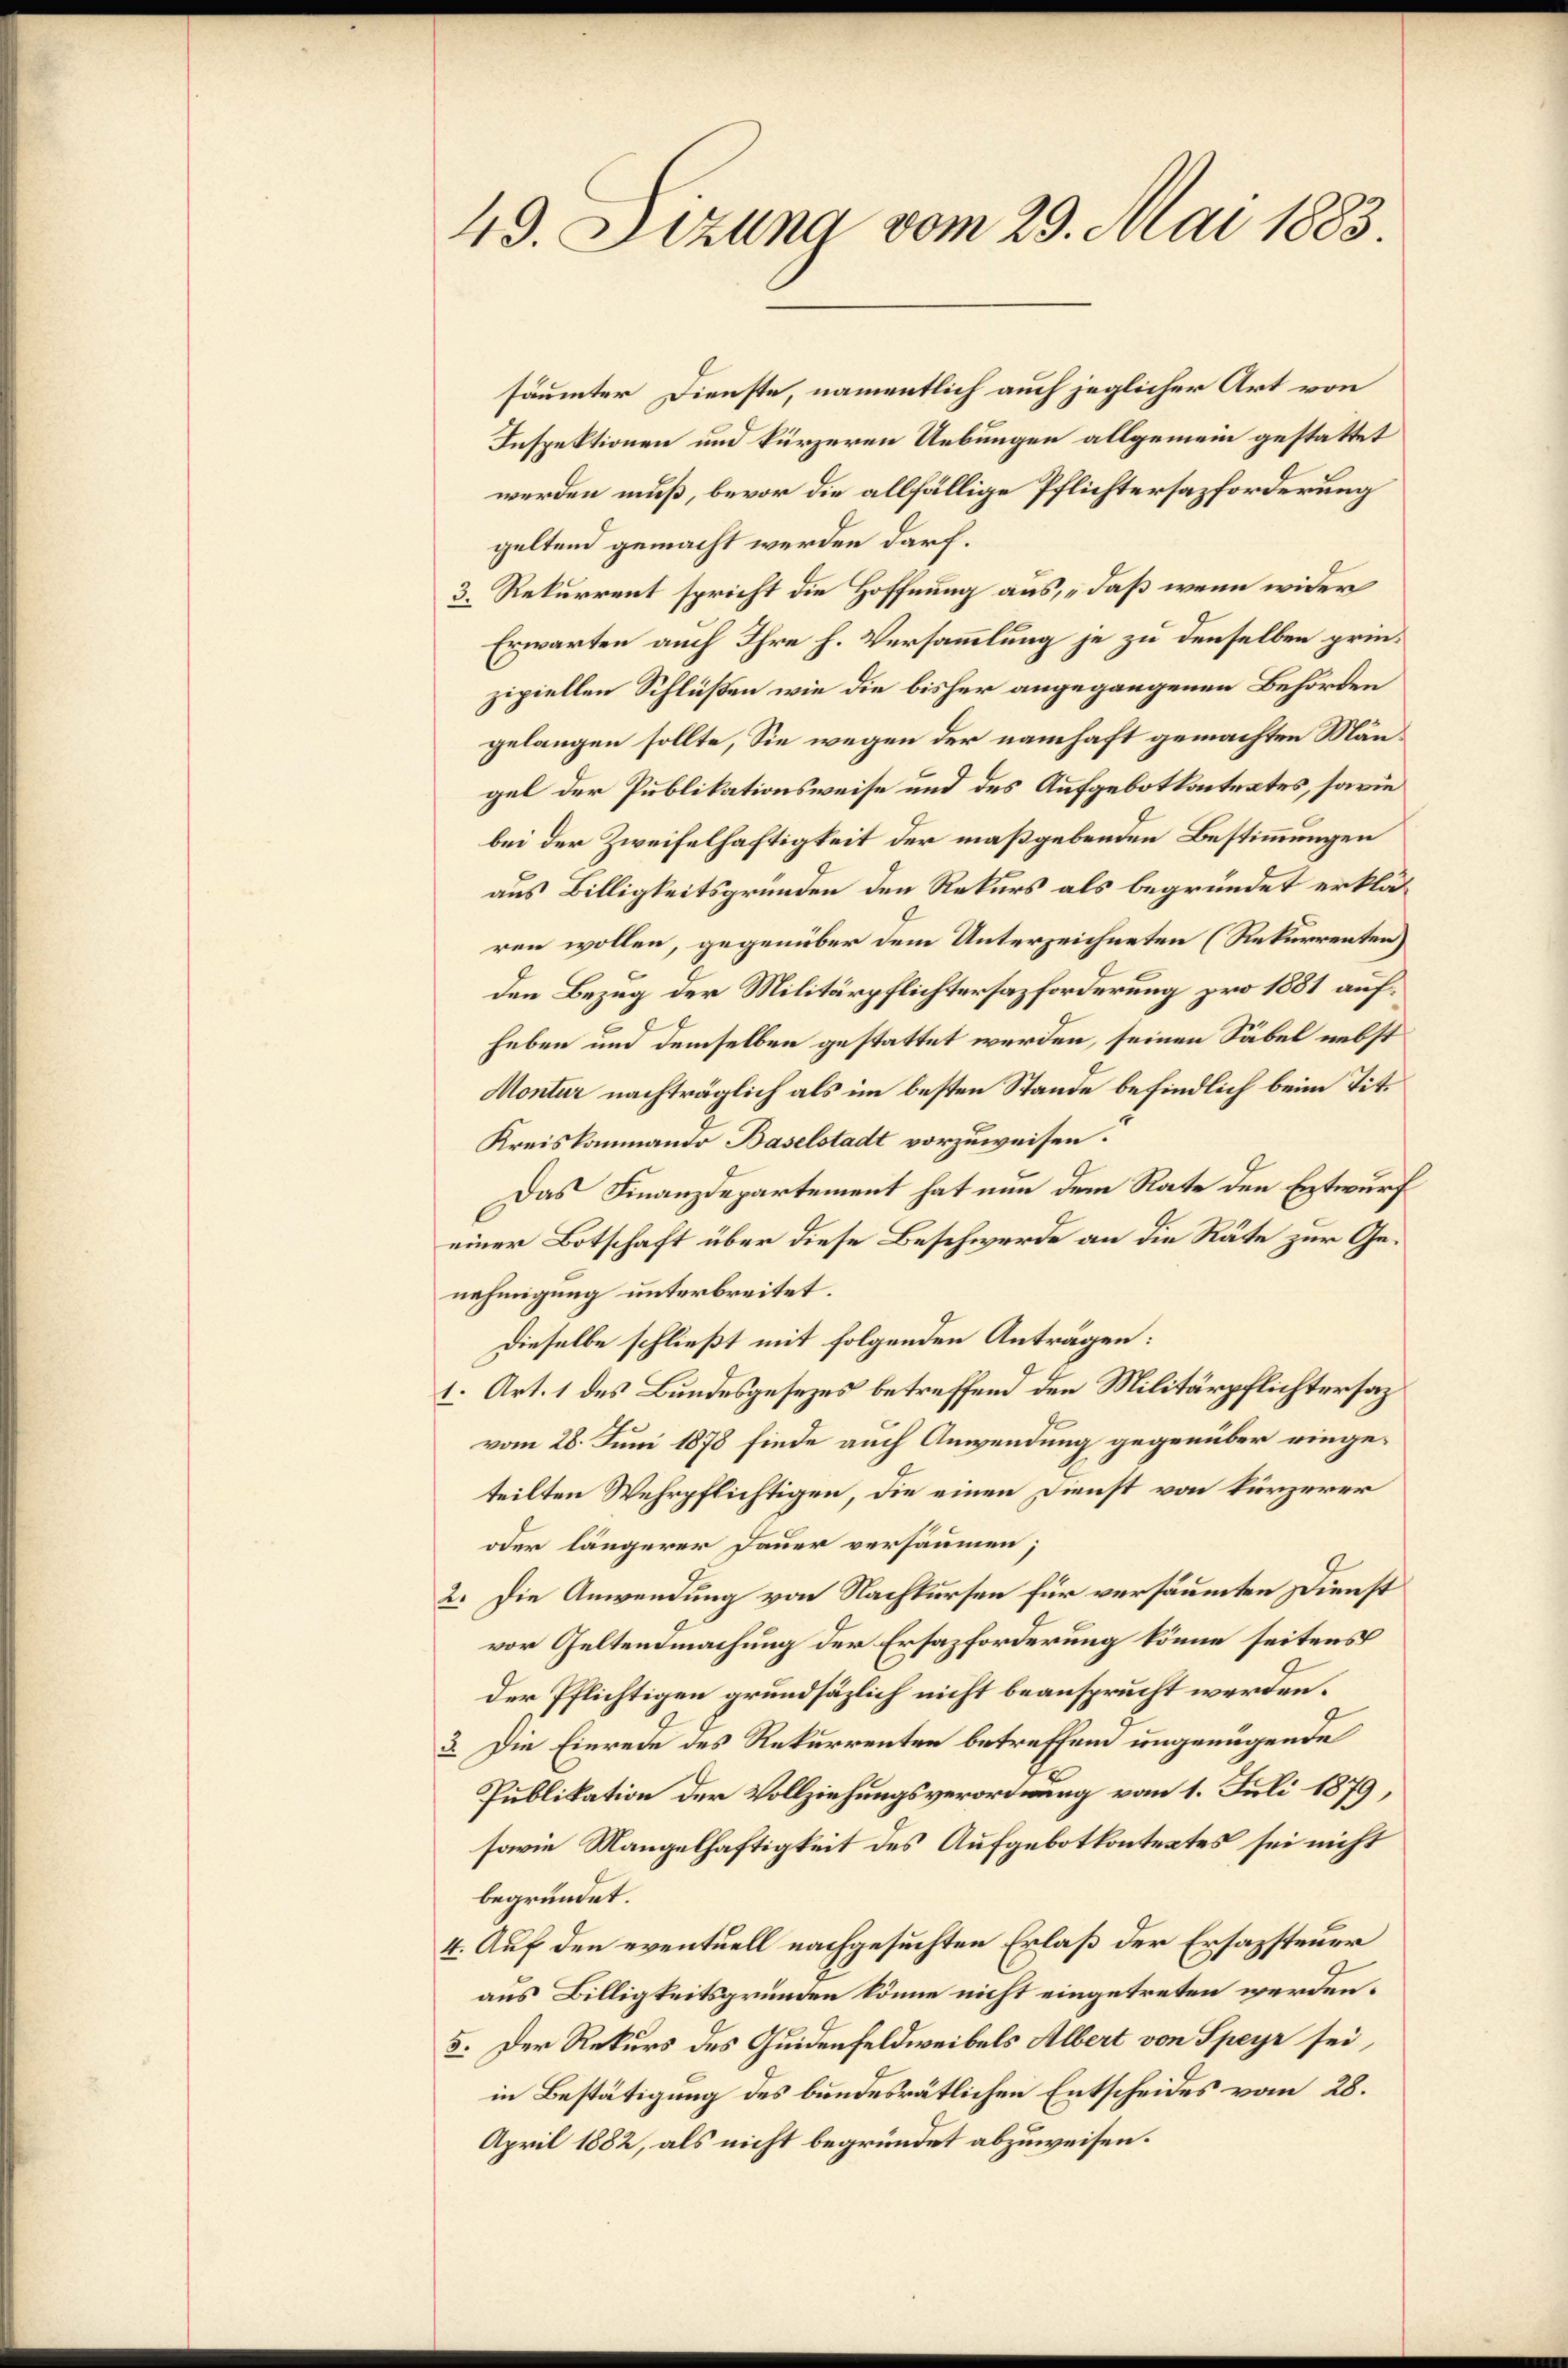
49. Sizung vom 29. Mai 1883

säumter Dienste, namentlich auch jeglicher Art von
Inspektionen und kürzeren Uebungen allgemein gestattet
werden muß, bevor die allfällige Pflichtersazforderung
geltend gemacht werden darf.
3. Rekurrent spricht die Hoffnung aus, „daß wenn wider
Erwarten auch Ihre h. Versammlung je zu denselben prinzipiellen Schlüßen wie die bisher angegangenen Behörden
gelangen sollte, Sie wegen der namhaft gemachten Mängel der Publikationsweise und des Aufgebotkontextes, sowie
bei der Zweifelhaftigkeit der maßgebenden Bestimmungen
aus Billigkeitsgründen den Rekurs als begründet erklären wollen, gegenüber dem Unterzeichneten (Rekurrenten)
den Bezug der Militärpflichtersazforderung pro 1881 aufheben und demselben gestattet werden, seinen Säbel nebst
Montur nachträglich als im besten Stande befindlich beim Tit.
Kreiskommando Baselstadt vorzuweisen.
Das Finanzdepartement hat nun dem Rate den Entwurf
einer Botschaft über diese Beschwerde an die Räte zur Genehmigung unterbreitet.
Dieselbe schließt mit folgenden Antragen:
1. Art. 1 des Bundesgesezes betreffend den Militärpflichtersaz
vom 28. Juni 1878 finde auch Anwendung gegenüber eingeteilten Wehrpflichtigen, die einen Dienst von kürzerer
oder längerer Dauer versäumen;
2. Die Anwendung von Nachkursen für versäumten Dienst
vor Geltendmachung der Ersazforderung könne seitens
der Pflichtigen grundsätzlich nicht beansprucht werden.
3. Die Einrede des Rekurrenten betreffend ungenügende
Publikation der Vollziehungsverordnung vom 1. Juli 1879,
sowie Mangelhaftigkeit des Aufgebotkontextes sei nicht
begründet.
4. Auf den eventuell nachgesuchten Erlaß der Ersazsteuer
aus Billigkeitsgrunden könne nicht eingetreten werden.
5. Der Rekurs des Guidenfeldweibels Albert von Speyr sei,
in Bestätigung des bundesrätlichen Entscheides vom 28.
April 1882, als nicht begründet abzuweisen.